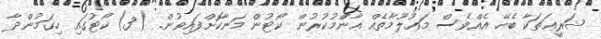
ޝަރީޢަތަކާ ބެހޭ އެއްވެސް މަޢުލޫމާތެއް ޢާންްމުކުރުން ކޯޓުން މަނާކޮށްފައިވުން. (3) ކޯޓުގައި ހިގަމުންދާ